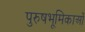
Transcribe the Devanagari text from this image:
पुरुषभूमिकाओं